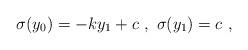
LaTeX: \begin{align*}\sigma (y_0) = - k y_1+ c ~,~ \sigma (y_1) = c~,~\,\end{align*}